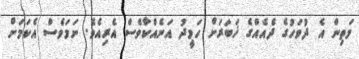
މަތިން އެ ދުވަހުގެ ދެއެއްގެ ޚަބަރަށް ހަމީދު އަނެއްކާވެސް އެރިއެވެ. ނަމަވެސް އެކަމަށް